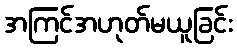
အကြင်အဟုတ်မယူခြင်း